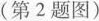
(第2题图)